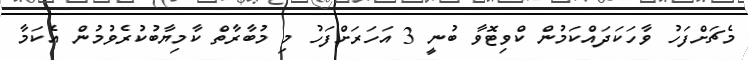
މެޗަށްފަހު ވާހަކަދައްކަމުން ކްވިޓޮވާ ބުނީ 3 އަހަރަށްފަހު މި މުބާރާތް ކާމިޔާބުކުރެވުމުން އެކަމާ